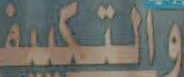
والتكييف